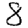
Digit: 8